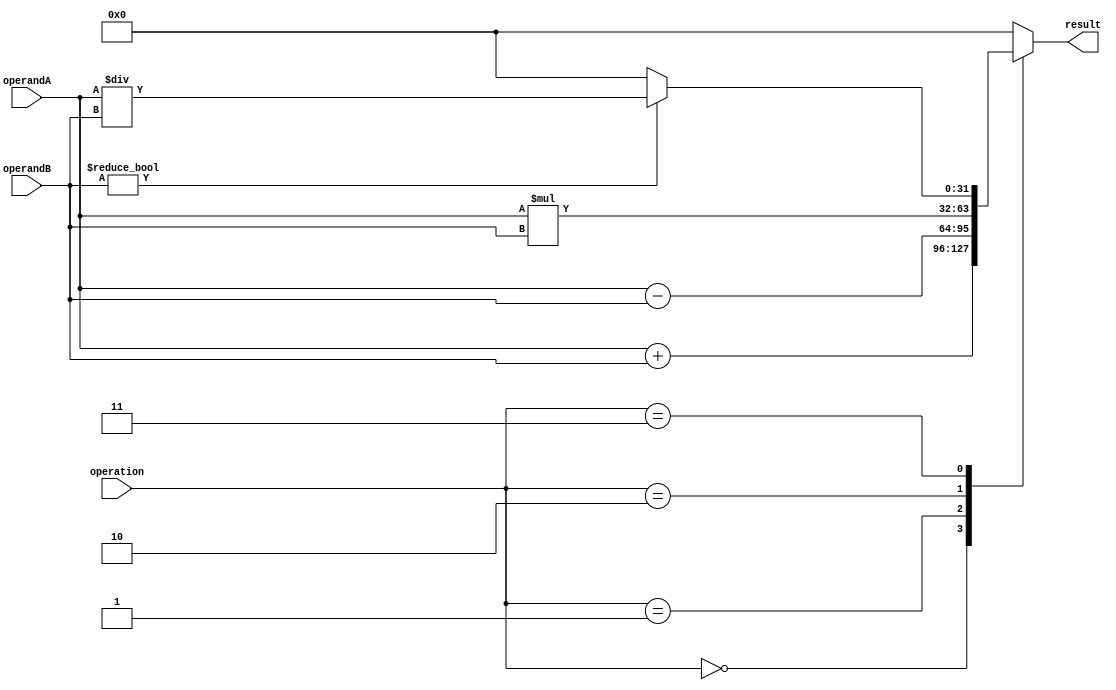
module ALU(
    input wire [31:0] operandA,
    input wire [31:0] operandB,
    input wire [3:0] operation,
    output reg [31:0] result
);

always @(*) begin
    case(operation)
        4'b0000: result = operandA + operandB; // addition
        4'b0001: result = operandA - operandB; // subtraction
        4'b0010: result = operandA * operandB; // multiplication
        4'b0011: begin
            if(operandB != 0)
                result = operandA / operandB; // division
            else
                result = 0; // division by zero
        end
        default: result = 0; // invalid operation
    endcase
end

endmodule